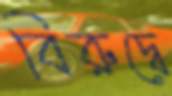
বিরুদ্বে